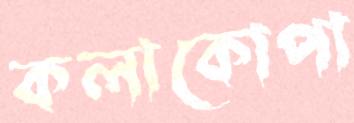
কলাকোপা